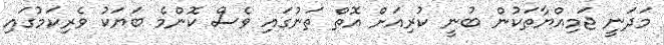
މަދަނީ ޖަމިއްޔާތަކުން ބުނީ ކުރިއަށް އޮތް ތަނުގައި ވެސް ކޮންމެ ބަޔަކު ވެރިކަމުގައި